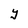
Character: Y